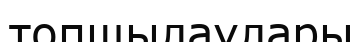
топшылаулары